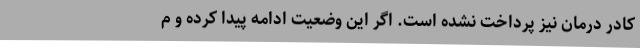
کادر درمان نیز پرداخت نشده است. اگر این وضعیت ادامه پیدا کرده و م